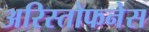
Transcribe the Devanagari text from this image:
अरिस्तोफनेस